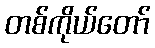
တစ်ကိုယ်တော်